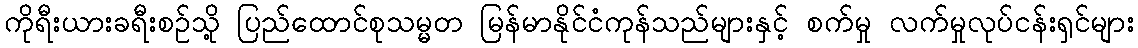
ကိုရီးယားခရီးစဉ်သို့ ပြည်ထောင်စုသမ္မတ မြန်မာနိုင်ငံကုန်သည်များနှင့် စက်မှု လက်မှုလုပ်ငန်းရှင်များ